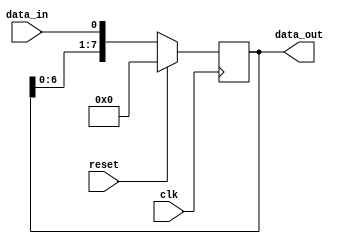
module serial_in_parallel_out (
  input clk,
  input reset,
  input data_in,
  output [7:0] data_out
);

reg [7:0] data_reg;

always @(posedge clk) begin
  if (reset) begin
    data_reg <= 8'b0;
  end else begin
    data_reg <= {data_reg[6:0], data_in};
  end
end

assign data_out = data_reg;

endmodule